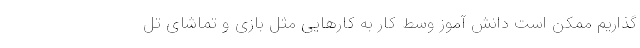
گذاریم ممکن است دانش آموز وسط کار به کارهایی مثل بازی و تماشای تل